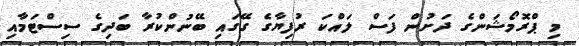
މި ޕްރޮމޯޝަންގެ ދަށުން ފަސް ލައްކަ ރުފިޔާގެ ގޭގައި ބޭނުންކުރާ ބަދިގެ ސިސްޓަމާއި